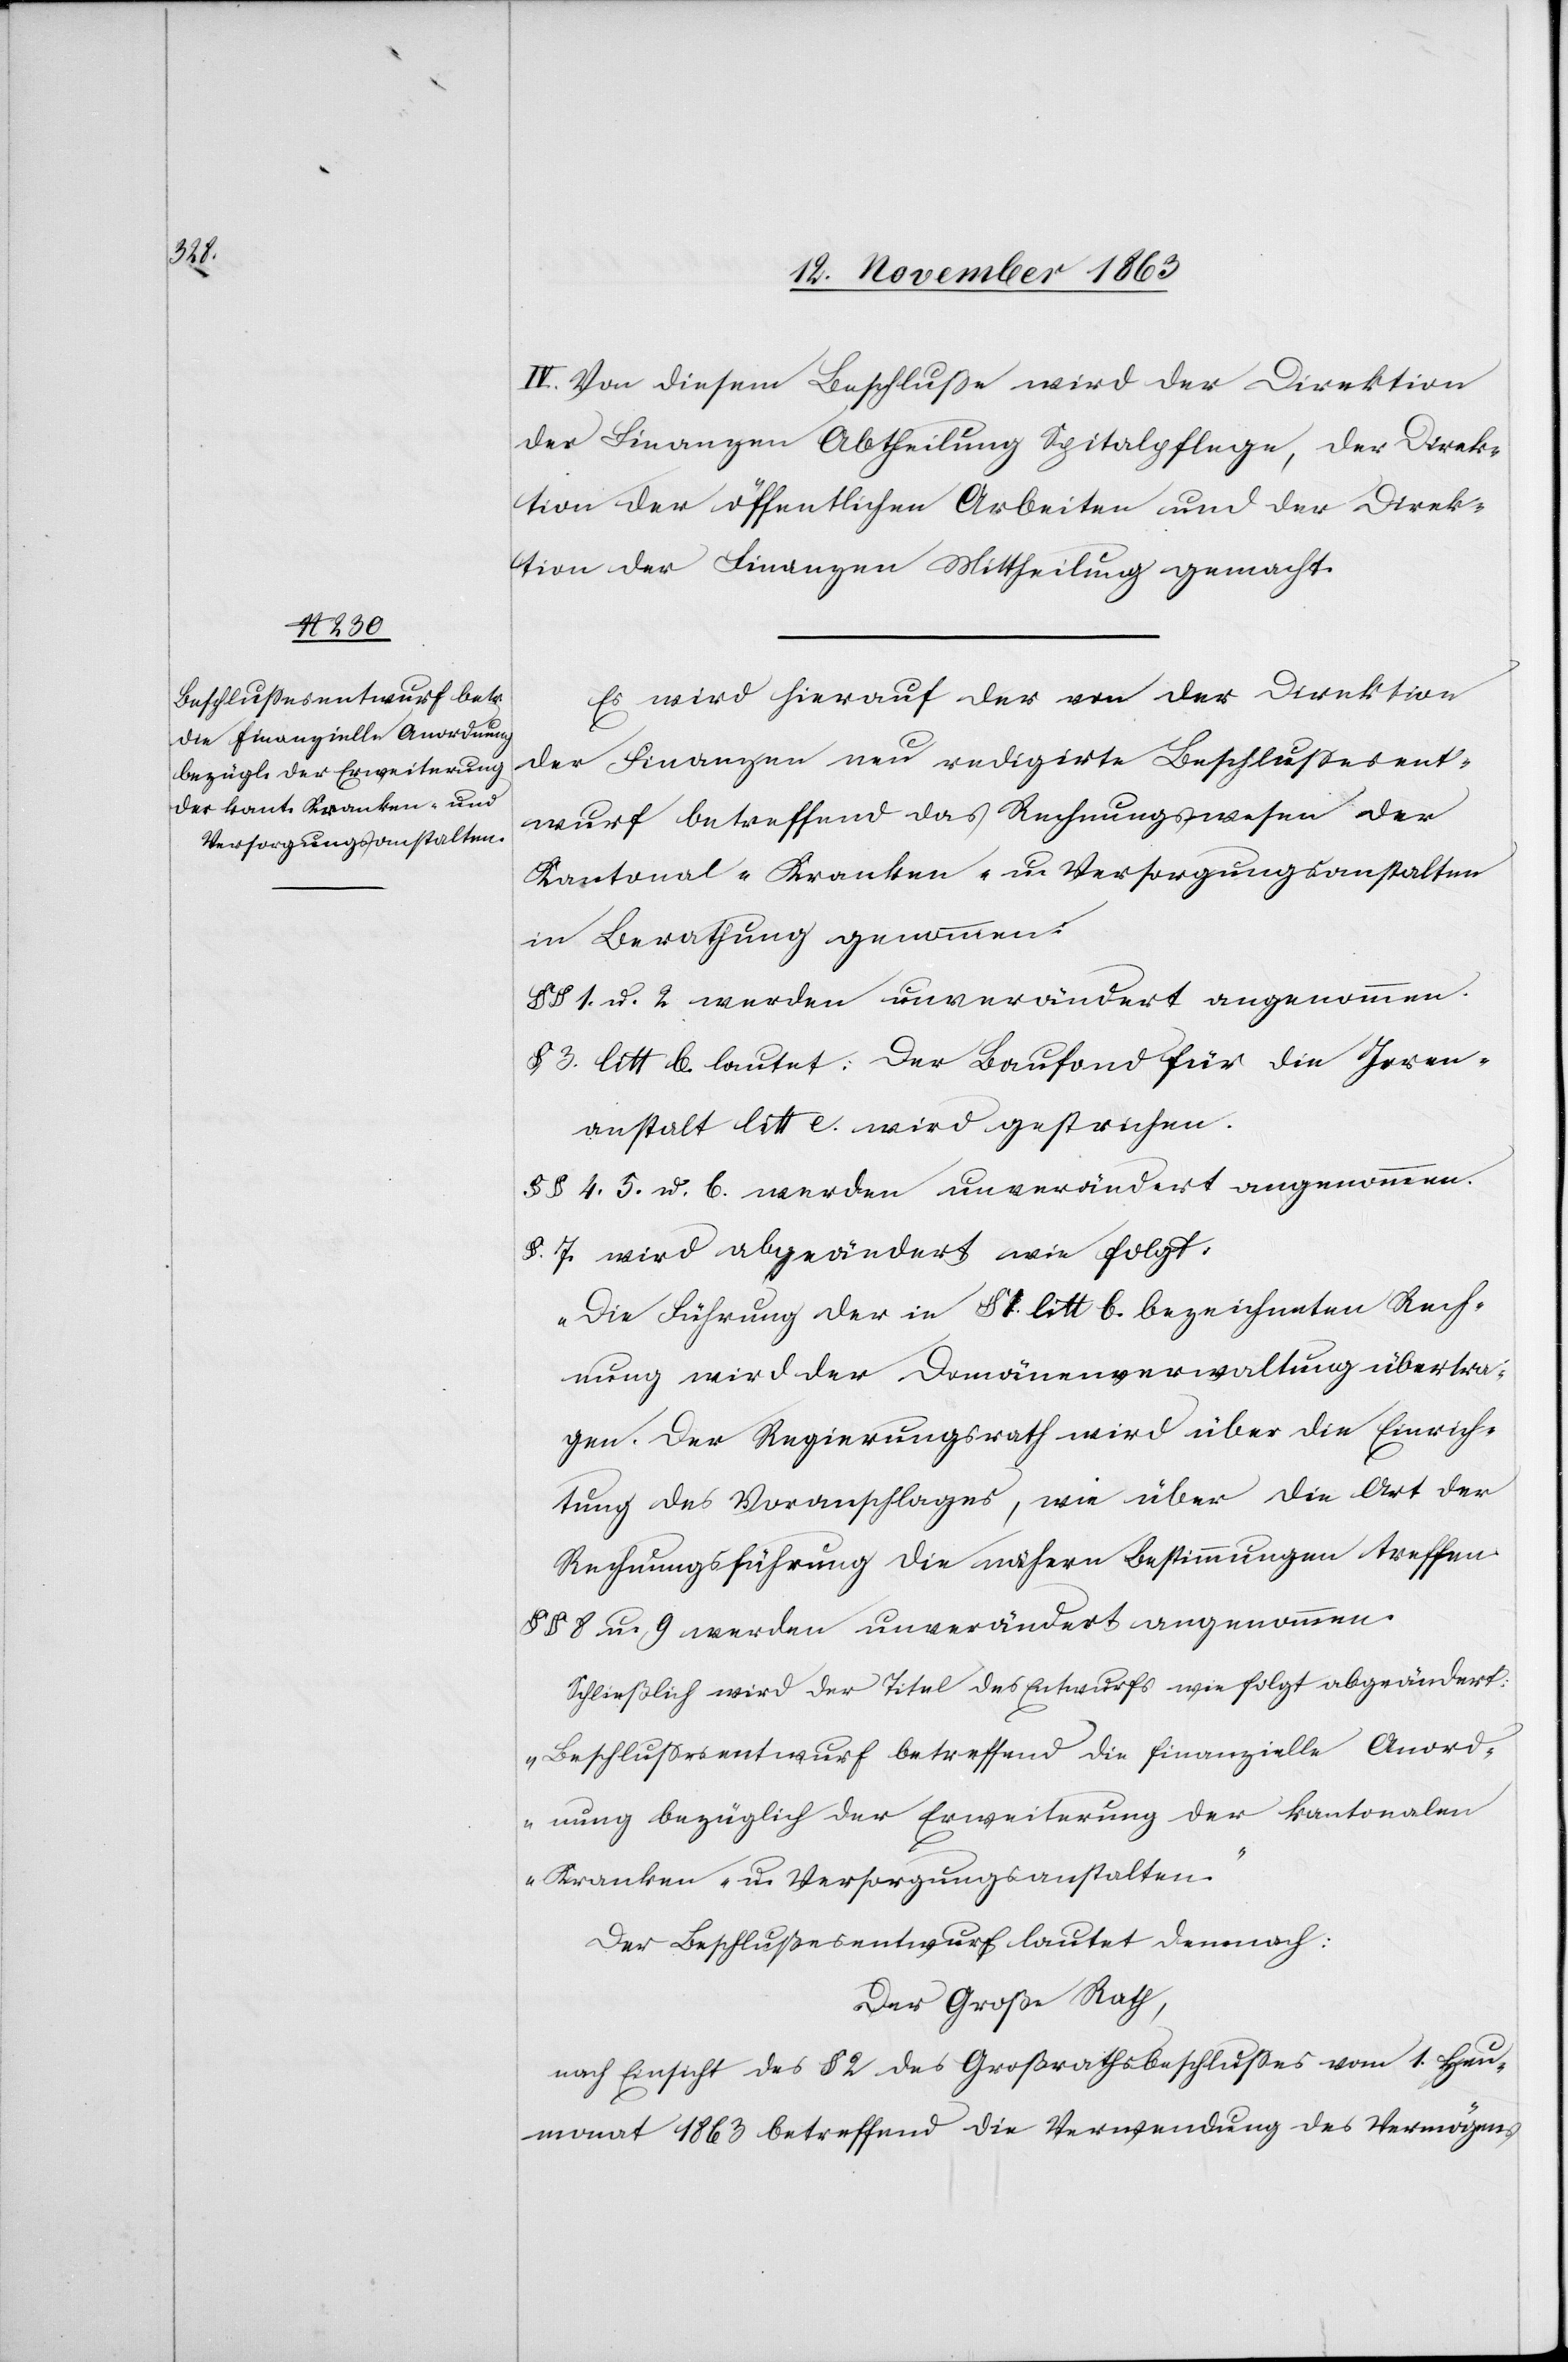
IV.

VI.] Von diesem Beschluße wird der Direktion
der Finanzen Abtheilung Spitalpflege, der Direk¬
tion der öffentlichen Arbeiten und der Direk¬
tion der Finanzen Mittheilung gemacht.
Es wird hierauf der von der Direktion
der Finanzen neu redigirte Beschlussesent¬
wurf betreffend das Rechnungswesen der
Kantonal-Kranken- u. Versorgungsanstalten
in Berathung genommen:
§§ 1. u. 2 werden unverändert angenommen.
§ 3. litt b. lautet: Der Baufond für die Irren¬
anstalt litt e. wird gestrichen.
§§ 4. 5. u. 6. werden unverändert angenommen.
§. 7. wird abgeändert wie folgt:
„Die Führung der in § 1. litt b. bezeichneten Rech¬
nung wird der Domänenverwaltung übertra¬
gen. Der Regierungsrath wird über die Einrich¬
tung des Voranschlages, wie über die Art der
Rechnungsführung die nähern Bestimmungen treffen.“
§§ 8 u. 9 werden unverändert angenommen.
Schließlich wird der Titel des Entwurfs wie folgt abgeändert:
„Beschlussesentwurf betreffend die finanzielle Anord¬
nung bezüglich der Erweiterung der kantonalen
Kranken- u. Versorgungsanstalten.“
Der Beschlußesentwurf lautet demnach:
Der Große Rath,
nach Einsicht des § 2 des Großrathsbeschlusses vom 1. Heu¬
monat 1863 betreffend die Verwendung des Vermögens